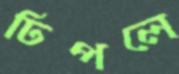
ঢিপলে